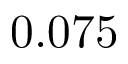
0 . 0 7 5